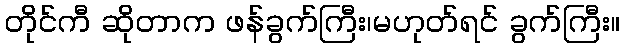
တိုင်ကီ ဆိုတာက ဖန်ခွက်ကြီး၊မဟုတ်ရင် ခွက်ကြီး။